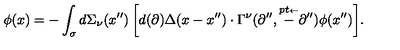
\phi ( x ) = - \int _ { \sigma } { d \Sigma _ { \nu } ( x ^ { \prime \prime } ) \left[ { d ( \partial ) \Delta ( x - x ^ { \prime \prime } ) \cdot \Gamma ^ { \nu } ( \partial ^ { \prime \prime } , \mathord { \frac { \buildrel { \lower 3 p t \mathrm { \scriptscriptstyle \leftarrow } } } { - \partial ^ { \prime \prime } } } ) \phi ( x ^ { \prime \prime } ) } \right] } .